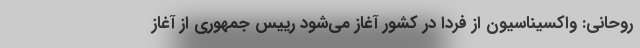
روحانی: واکسیناسیون از فردا در کشور آغاز می‌شود رییس جمهوری از آغاز